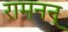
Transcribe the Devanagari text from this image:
रामनन्‌